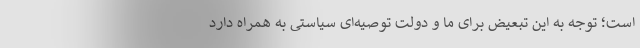
است؛ توجه به این تبعیض برای ما و دولت توصیه‌ای سیاستی به همراه دارد